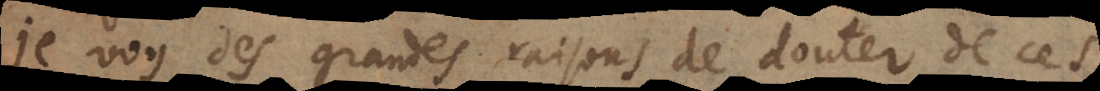
je voy des grandes raisons de douter de ces